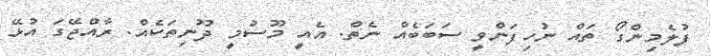
ފުލެމިންގޯ ތައް ނުހިފަންވީ ސަބަބެއް ނެތް. އެއީ މޫސުމީ ދޫނިތަކެއް. ރާއްޖޭގަ އުޅޭ